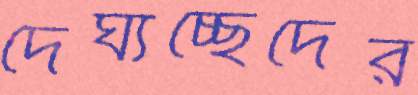
দৈর্ঘ্যচ্ছেদের